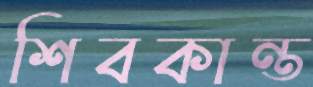
শিবকান্ত